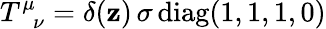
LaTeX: T_{\; \; \nu}^{\mu}=\delta(\mathbf{z})\, \sigma\, {\mathrm{{diag}}}(1,1,1,0)